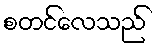
စတင်လေသည်